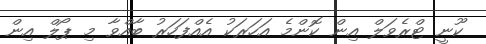
ކޫނީ ޓްރެވަލް އިން ކޮންމެ އަހަރަކު އެއްފަހަރު ބާއްވާ މި ޕޯލް އިން